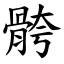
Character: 骻